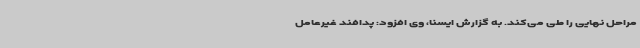
مراحل نهایی را طی می‌کند. به گزارش ایسنا، وی افزود: پدافند غیرعامل